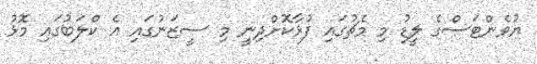
ޔުވެންޓަސްގެ ލީޑު މި މެޗުގައި ފުޅާކޮށްދިނީ މި ސީޒަނުގައި އެ ކްލަބުގައި މޮޅު